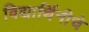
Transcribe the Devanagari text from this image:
विद्यार्थिनीचे